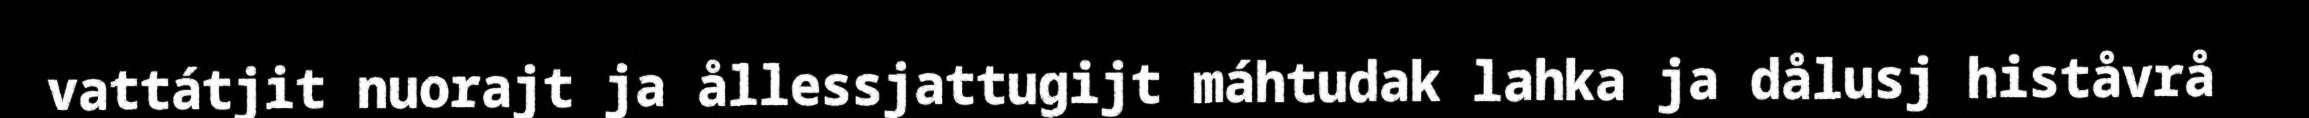
vattátjit nuorajt ja ållessjattugijt máhtudak lahka ja dålusj histåvrå